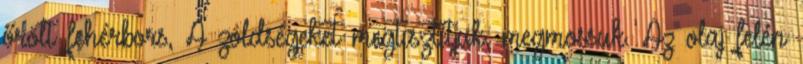
őrölt fehérbors, A zöldségeket megtisztítjuk, megmossuk. Az olaj felén